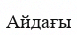
Айдағы